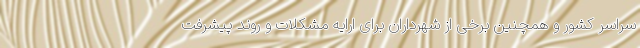
سراسر کشور و همچنین برخی از شهرداران برای ارایه مشکلات و روند پیشرفت